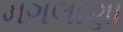
મગલાણા